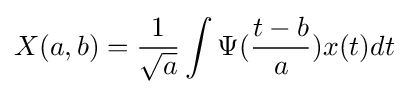
X(a,b)={\frac {1}{\sqrt {a}}}\int \limits _{\ }\Psi ({\frac {t-b}{a}})x(t)dt